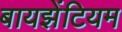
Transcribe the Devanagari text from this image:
बायझेंटियम